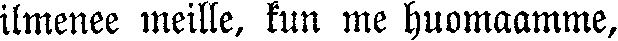
ilmenee meille, kun me huomaamme,